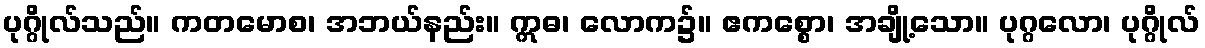
ပုဂ္ဂိုလ်သည်။ ကတမောစ၊ အဘယ်နည်း။ ဣဓ၊ လောက၌။ ဧကစ္စော၊ အချို့သော။ ပုဂ္ဂလော၊ ပုဂ္ဂိုလ်